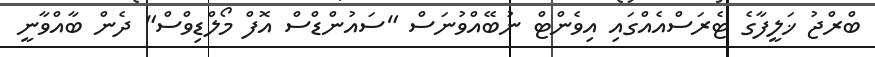
ބްރްޖު ޚަލީފާގެ ޓެރަސްއެއްގައި އިވެންޓް ނުބޭއްވުނަސް "ސައުންޑްސް އޮފް މޯލްޑިވްސް" ދެން ބާއްވާނީ